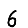
Digit: 6